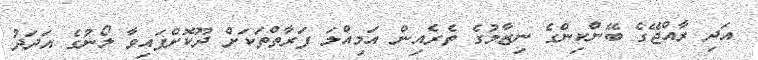
އަދި ރާއްޖޭގެ ބޭންކިންގެ ނިޒާމުގެ ތެރެއިން އަމިއްލަ ފަރާތްތަކަށް ދޫކޮށްފައިވާ ލޯނުގެ އަދަދު